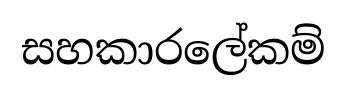
සහකාරලේකම්